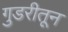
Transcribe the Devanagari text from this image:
गुडरीतून